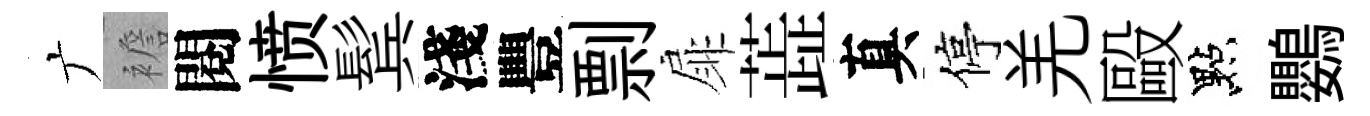
广襜閱愤鬂淺豐剽扉蕋真停羌毆點鸚